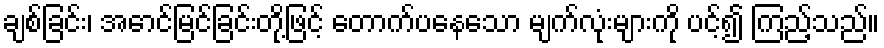
ချစ်ခြင်း၊ အောင်မြင်ခြင်းတို့ဖြင့် တောက်ပနေသော မျက်လုံးများကို ပင့်၍ ကြည့်သည်။